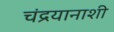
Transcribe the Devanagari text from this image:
चंद्रयानाशी